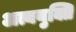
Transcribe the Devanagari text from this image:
अत्ययुक्ति